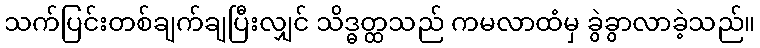
သက်ပြင်းတစ်ချက်ချပြီးလျှင် သိဒ္ဓတ္ထသည် ကမလာထံမှ ခွဲခွာလာခဲ့သည်။